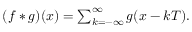
\begin{array} { r } { ( f * g ) ( x ) = \sum _ { k = - \infty } ^ { \infty } g ( x - k T ) . } \end{array}